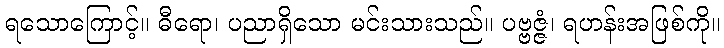
ရသောကြောင့်။ ဓီရော၊ ပညာရှိသော မင်းသားသည်။ ပဗ္ဗဇ္ဇံ၊ ရဟန်းအဖြစ်ကို။